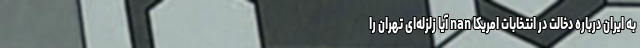
به ایران درباره دخالت در انتخابات امریکا nan آیا زلزله‌ای تهران را